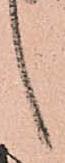
候